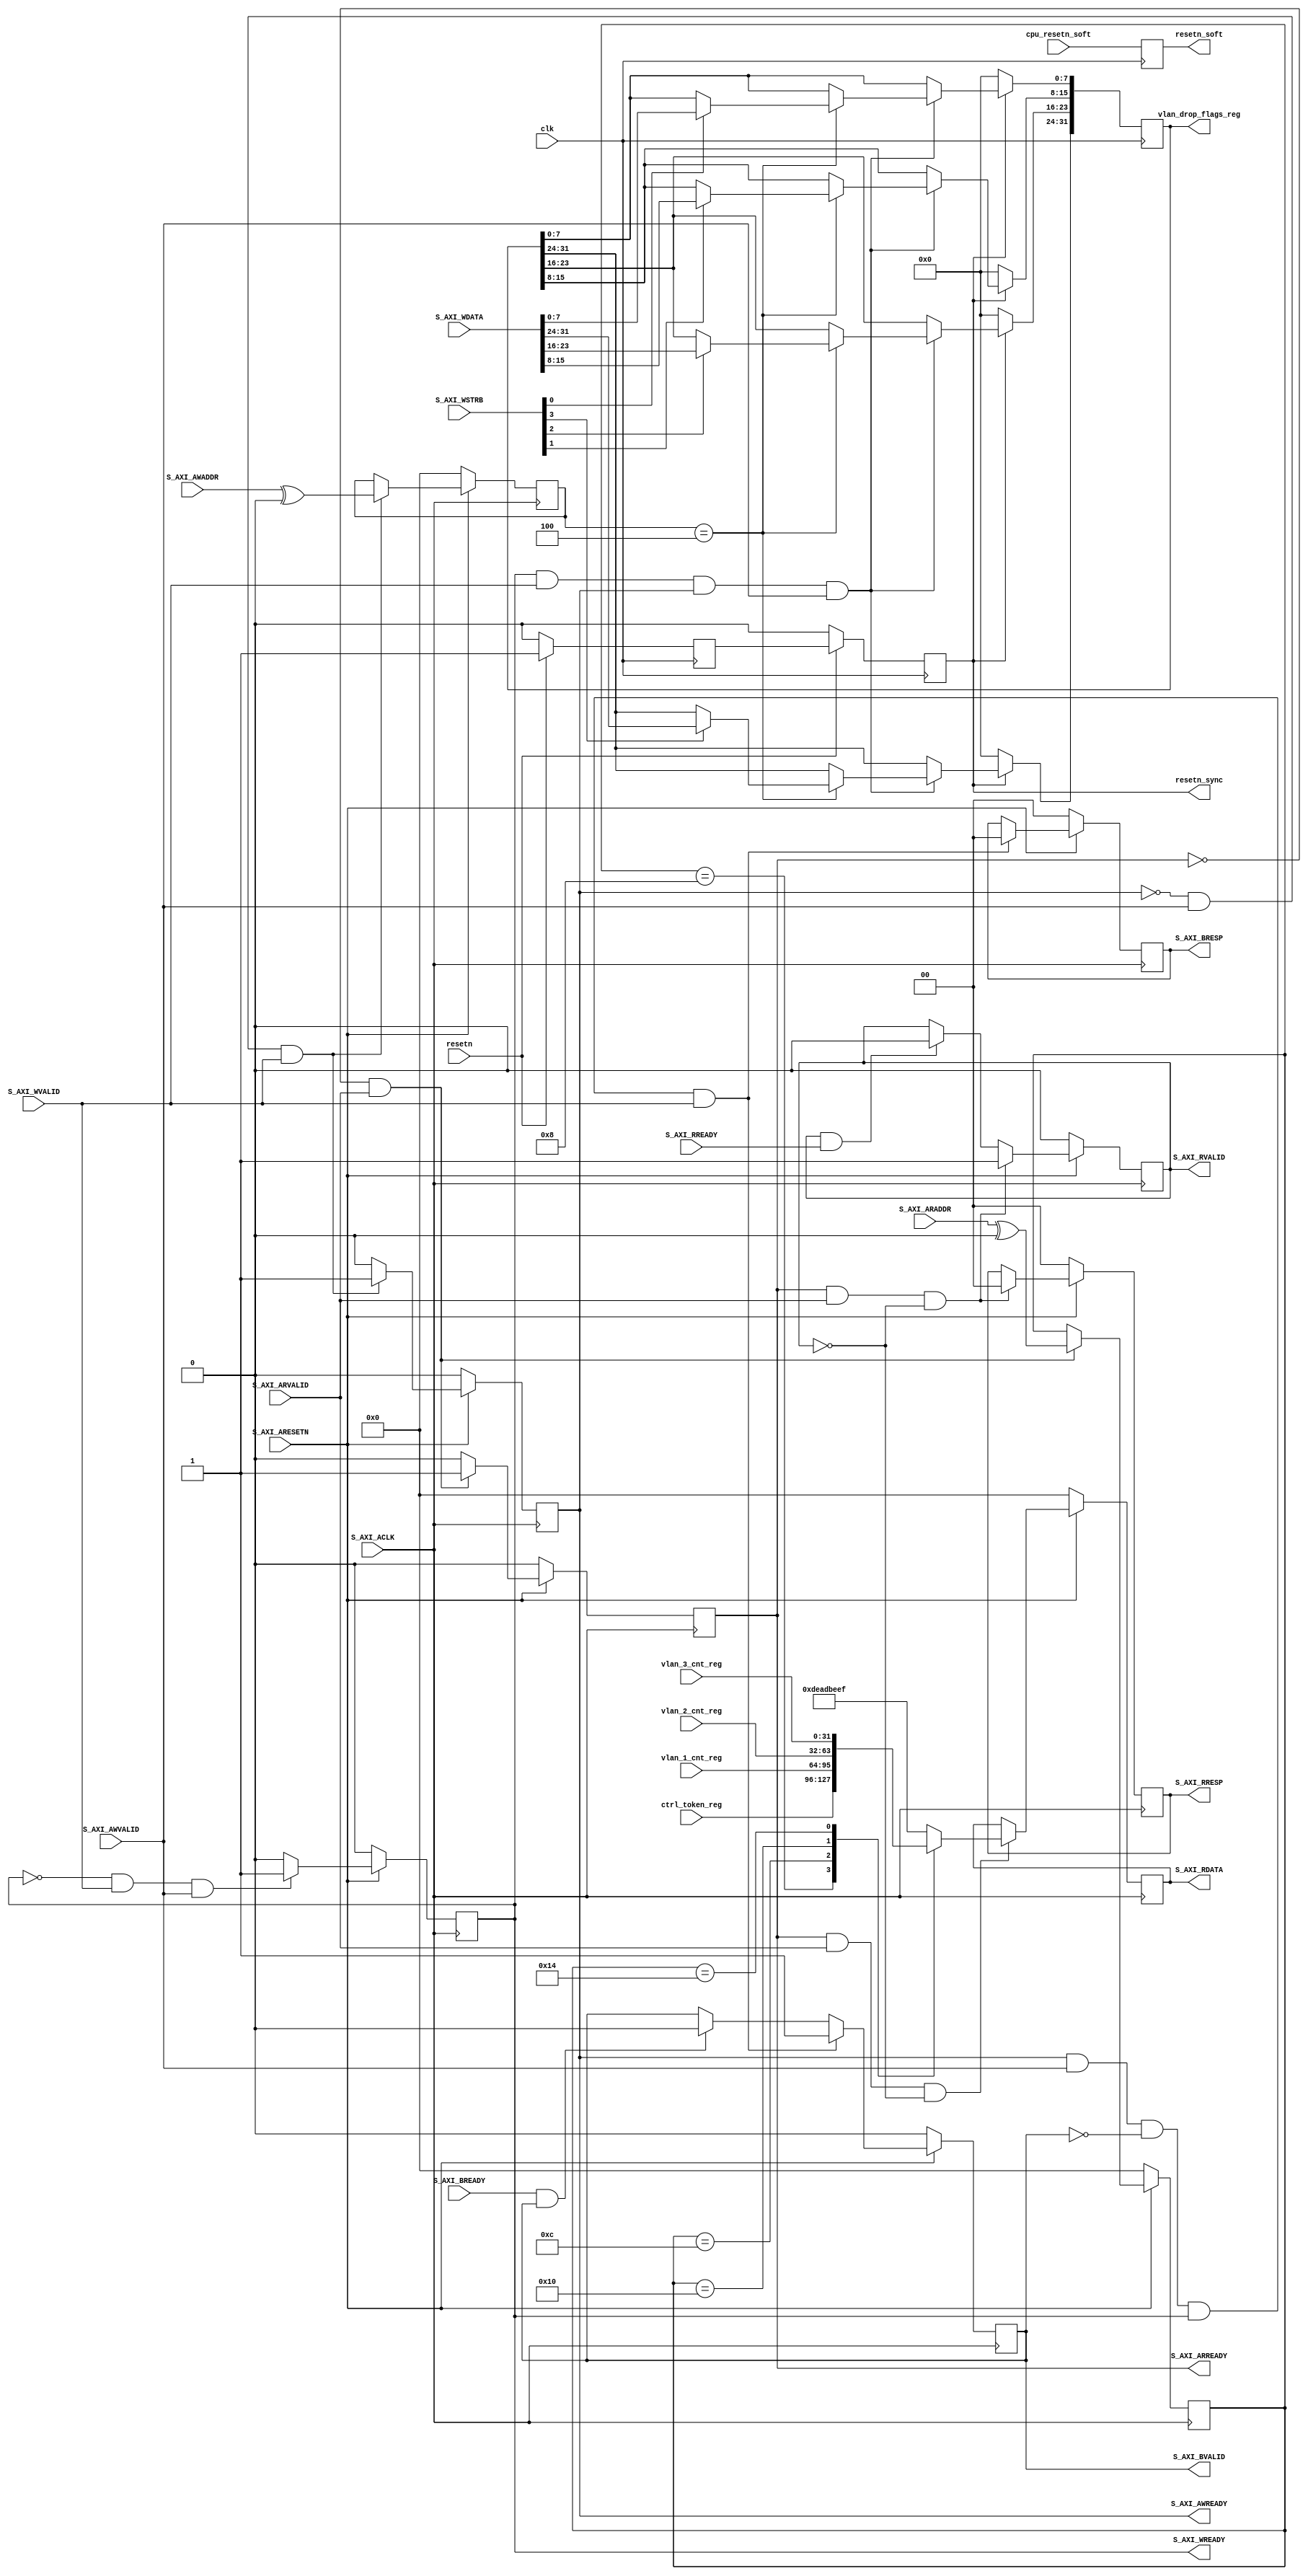
//
// Copyright (c) 2015 University of Cambridge
// All rights reserved.
//
//
//  File:
//        rmt_cpu_regs.v
//
//  Module:
//        rmt_cpu_regs
//
//  Description:
//        This file is automatically generated with the registers towards the CPU/Software
//
// This software was developed by Stanford University and the University of Cambridge Computer Laboratory
// under National Science Foundation under Grant No. CNS-0855268,
// the University of Cambridge Computer Laboratory under EPSRC INTERNET Project EP/H040536/1 and
// by the University of Cambridge Computer Laboratory under DARPA/AFRL contract FA8750-11-C-0249 ("MRC2"),
// as part of the DARPA MRC research programme.
//
// @NETFPGA_LICENSE_HEADER_START@
//
// Licensed to NetFPGA C.I.C. (NetFPGA) under one or more contributor
// license agreements.  See the NOTICE file distributed with this work for
// additional information regarding copyright ownership.  NetFPGA licenses this
// file to you under the NetFPGA Hardware-Software License, Version 1.0 (the
// "License"); you may not use this file except in compliance with the
// License.  You may obtain a copy of the License at:
//
//   http://www.netfpga-cic.org
//
// Unless required by applicable law or agreed to in writing, Work distributed
// under the License is distributed on an "AS IS" BASIS, WITHOUT WARRANTIES OR
// CONDITIONS OF ANY KIND, either express or implied.  See the License for the
// specific language governing permissions and limitations under the License.
//
// @NETFPGA_LICENSE_HEADER_END@
//

`define  REG_VLAN_DROP_FLAGS_BITS				31:0
`define  REG_VLAN_DROP_FLAGS_WIDTH				32
`define  REG_VLAN_DROP_FLAGS_DEFAULT				32'h00000000
`define  REG_VLAN_DROP_FLAGS_ADDR				32'h4

`define  REG_CTRL_TOKEN_BITS				31:0
`define  REG_CTRL_TOKEN_WIDTH				32
`define  REG_CTRL_TOKEN_DEFAULT				32'h00000000
`define  REG_CTRL_TOKEN_ADDR				32'h8

`define  REG_VLAN_1_CNT_BITS				31:0
`define  REG_VLAN_1_CNT_WIDTH				32
`define  REG_VLAN_1_CNT_DEFAULT				32'h00000000
`define  REG_VLAN_1_CNT_ADDR				32'hc

`define  REG_VLAN_2_CNT_BITS				31:0
`define  REG_VLAN_2_CNT_WIDTH				32
`define  REG_VLAN_2_CNT_DEFAULT				32'h00000000
`define  REG_VLAN_2_CNT_ADDR				32'h10

`define  REG_VLAN_3_CNT_BITS				31:0
`define  REG_VLAN_3_CNT_WIDTH				32
`define  REG_VLAN_3_CNT_DEFAULT				32'h00000000
`define  REG_VLAN_3_CNT_ADDR				32'h14

module rmt_cpu_regs #
(
parameter C_BASE_ADDRESS        = 32'h00000000,
parameter C_S_AXI_DATA_WIDTH    = 32,
parameter C_S_AXI_ADDR_WIDTH    = 32
)
(
    // General ports
    input       clk,
    input       resetn,
    // Global Registers
    input       cpu_resetn_soft,
    output reg  resetn_soft,
    output reg  resetn_sync,

   // Register ports
    output reg [`REG_VLAN_DROP_FLAGS_BITS]    vlan_drop_flags_reg,
    input      [`REG_CTRL_TOKEN_BITS]    ctrl_token_reg,
    input      [`REG_VLAN_1_CNT_BITS]    vlan_1_cnt_reg,
    input      [`REG_VLAN_2_CNT_BITS]    vlan_2_cnt_reg,
    input      [`REG_VLAN_3_CNT_BITS]    vlan_3_cnt_reg,

    // AXI Lite ports
    input                                     S_AXI_ACLK,
    input                                     S_AXI_ARESETN,
    input      [C_S_AXI_ADDR_WIDTH-1 : 0]     S_AXI_AWADDR,
    input                                     S_AXI_AWVALID,
    input      [C_S_AXI_DATA_WIDTH-1 : 0]     S_AXI_WDATA,
    input      [C_S_AXI_DATA_WIDTH/8-1 : 0]   S_AXI_WSTRB,
    input                                     S_AXI_WVALID,
    input                                     S_AXI_BREADY,
    input      [C_S_AXI_ADDR_WIDTH-1 : 0]     S_AXI_ARADDR,
    input                                     S_AXI_ARVALID,
    input                                     S_AXI_RREADY,
    output                                    S_AXI_ARREADY,
    output     [C_S_AXI_DATA_WIDTH-1 : 0]     S_AXI_RDATA,
    output     [1 : 0]                        S_AXI_RRESP,
    output                                    S_AXI_RVALID,
    output                                    S_AXI_WREADY,
    output     [1 :0]                         S_AXI_BRESP,
    output                                    S_AXI_BVALID,
    output                                    S_AXI_AWREADY

);

    // AXI4LITE signals
    reg [C_S_AXI_ADDR_WIDTH-1 : 0]      axi_awaddr;
    reg                                 axi_awready;
    reg                                 axi_wready;
    reg [1 : 0]                         axi_bresp;
    reg                                 axi_bvalid;
    reg [C_S_AXI_ADDR_WIDTH-1 : 0]      axi_araddr;
    reg                                 axi_arready;
    reg [C_S_AXI_DATA_WIDTH-1 : 0]      axi_rdata;
    reg [1 : 0]                         axi_rresp;
    reg                                 axi_rvalid;

    reg                                 resetn_sync_d;
    wire                                reg_rden;
    wire                                reg_wren;
    reg [C_S_AXI_DATA_WIDTH-1:0]        reg_data_out;
    integer                             byte_index;

    // I/O Connections assignments
    assign S_AXI_AWREADY    = axi_awready;
    assign S_AXI_WREADY     = axi_wready;
    assign S_AXI_BRESP      = axi_bresp;
    assign S_AXI_BVALID     = axi_bvalid;
    assign S_AXI_ARREADY    = axi_arready;
    assign S_AXI_RDATA      = axi_rdata;
    assign S_AXI_RRESP      = axi_rresp;
    assign S_AXI_RVALID     = axi_rvalid;


    //Sample reset (not mandatory, but good practice)
    always @ (posedge clk) begin
        if (~resetn) begin
            resetn_sync_d  <=  1'b0;
            resetn_sync    <=  1'b0;
        end
        else begin
            resetn_sync_d  <=  resetn;
            resetn_sync    <=  resetn_sync_d;
        end
    end


    //global registers, sampling
    always @(posedge clk) resetn_soft <= #1 cpu_resetn_soft;

    // Implement axi_awready generation

    always @( posedge S_AXI_ACLK )
    begin
      if ( S_AXI_ARESETN == 1'b0 )
        begin
          axi_awready <= 1'b0;
        end
      else
        begin
          if (~axi_awready && S_AXI_AWVALID && S_AXI_WVALID)
            begin
              // slave is ready to accept write address when
              // there is a valid write address and write data
              // on the write address and data bus. This design
              // expects no outstanding transactions.
              axi_awready <= 1'b1;
            end
          else
            begin
              axi_awready <= 1'b0;
            end
        end
    end

    // Implement axi_awaddr latching

    always @( posedge S_AXI_ACLK )
    begin
      if ( S_AXI_ARESETN == 1'b0 )
        begin
          axi_awaddr <= 0;
        end
      else
        begin
          if (~axi_awready && S_AXI_AWVALID && S_AXI_WVALID)
            begin
              // Write Address latching
              axi_awaddr <= S_AXI_AWADDR ^ C_BASE_ADDRESS;
            end
        end
    end

    // Implement axi_wready generation

    always @( posedge S_AXI_ACLK )
    begin
      if ( S_AXI_ARESETN == 1'b0 )
        begin
          axi_wready <= 1'b0;
        end
      else
        begin
          if (~axi_wready && S_AXI_WVALID && S_AXI_AWVALID)
            begin
              // slave is ready to accept write data when
              // there is a valid write address and write data
              // on the write address and data bus. This design
              // expects no outstanding transactions.
              axi_wready <= 1'b1;
            end
          else
            begin
              axi_wready <= 1'b0;
            end
        end
    end

    // Implement write response logic generation

    always @( posedge S_AXI_ACLK )
    begin
      if ( S_AXI_ARESETN == 1'b0 )
        begin
          axi_bvalid  <= 0;
          axi_bresp   <= 2'b0;
        end
      else
        begin
          if (axi_awready && S_AXI_AWVALID && ~axi_bvalid && axi_wready && S_AXI_WVALID)
            begin
              // indicates a valid write response is available
              axi_bvalid <= 1'b1;
              axi_bresp  <= 2'b0; // OKAY response
            end                   // work error responses in future
          else
            begin
              if (S_AXI_BREADY && axi_bvalid)
                //check if bready is asserted while bvalid is high)
                //(there is a possibility that bready is always asserted high)
                begin
                  axi_bvalid <= 1'b0;
                end
            end
        end
    end

    // Implement axi_arready generation

    always @( posedge S_AXI_ACLK )
    begin
      if ( S_AXI_ARESETN == 1'b0 )
        begin
          axi_arready <= 1'b0;
          axi_araddr  <= 32'b0;
        end
      else
        begin
          if (~axi_arready && S_AXI_ARVALID)
            begin
              // indicates that the slave has acceped the valid read address
              // Read address latching
              axi_arready <= 1'b1;
              axi_araddr  <= S_AXI_ARADDR ^ C_BASE_ADDRESS;
            end
          else
            begin
              axi_arready <= 1'b0;
            end
        end
    end


    // Implement axi_rvalid generation

    always @( posedge S_AXI_ACLK )
    begin
      if ( S_AXI_ARESETN == 1'b0 )
        begin
          axi_rvalid <= 0;
          axi_rresp  <= 0;
        end
      else
        begin
          if (axi_arready && S_AXI_ARVALID && ~axi_rvalid)
            begin
              // Valid read data is available at the read data bus
              axi_rvalid <= 1'b1;
              axi_rresp  <= 2'b0; // OKAY response
            end
          else if (axi_rvalid && S_AXI_RREADY)
            begin
              // Read data is accepted by the master
              axi_rvalid <= 1'b0;
            end
        end
    end


    // Implement memory mapped register select and write logic generation

    assign reg_wren = axi_wready && S_AXI_WVALID && axi_awready && S_AXI_AWVALID;

//////////////////////////////////////////////////////////////
// write registers
//////////////////////////////////////////////////////////////


//Write only register, not cleared
    //static
    always @(posedge clk)
        if (!resetn_sync) begin
            vlan_drop_flags_reg <= #1 `REG_VLAN_DROP_FLAGS_DEFAULT;
        end
        else begin
            if (reg_wren) begin //write event
                case (axi_awaddr)
                //Vlan_drop_flags Register
                    `REG_VLAN_DROP_FLAGS_ADDR : begin
                        for ( byte_index = 0; byte_index <= (`REG_VLAN_DROP_FLAGS_WIDTH/8-1); byte_index = byte_index +1)
                            if (S_AXI_WSTRB[byte_index] == 1) begin
                                vlan_drop_flags_reg[byte_index*8 +: 8] <=  S_AXI_WDATA[byte_index*8 +: 8];
                            end
                    end
                endcase
            end
        end



/////////////////////////
//// end of write
/////////////////////////

    // Implement memory mapped register select and read logic generation
    // Slave register read enable is asserted when valid address is available
    // and the slave is ready to accept the read address.

    // reg_rden control logic
    // temperary no extra logic here
    assign reg_rden = axi_arready & S_AXI_ARVALID & ~axi_rvalid;

    always @(*)
    begin

        case ( axi_araddr /*S_AXI_ARADDR ^ C_BASE_ADDRESS*/)
            //Ctrl_token Register
            `REG_CTRL_TOKEN_ADDR : begin
                reg_data_out [`REG_CTRL_TOKEN_BITS] =  ctrl_token_reg;
            end
            //Vlan_1_cnt Register
            `REG_VLAN_1_CNT_ADDR : begin
                reg_data_out [`REG_VLAN_1_CNT_BITS] =  vlan_1_cnt_reg;
            end
            //Vlan_2_cnt Register
            `REG_VLAN_2_CNT_ADDR : begin
                reg_data_out [`REG_VLAN_2_CNT_BITS] =  vlan_2_cnt_reg;
            end
            //Vlan_3_cnt Register
            `REG_VLAN_3_CNT_ADDR : begin
                reg_data_out [`REG_VLAN_3_CNT_BITS] =  vlan_3_cnt_reg;
            end
            //Default return value
            default: begin
                reg_data_out [31:0] =  32'hDEADBEEF;
            end

        endcase

    end//end of assigning data to IP2Bus_Data bus

// Output register or memory read data
    always @( posedge S_AXI_ACLK )
    begin
      if ( S_AXI_ARESETN == 1'b0 )
        begin
          axi_rdata  <= 0;
        end
      else
        begin
          // When there is a valid read address (S_AXI_ARVALID) with
          // acceptance of read address by the slave (axi_arready),
          // output the read dada
          if (reg_rden)
            begin
              axi_rdata <= reg_data_out/*ip2bus_data*/;     // register read data /* some new changes here */
            end
        end
    end
endmodule